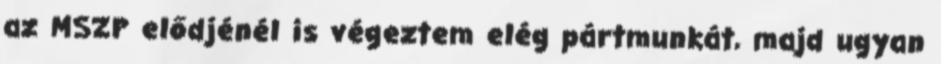
az MSZP elődjénél is végeztem elég pártmunkát, majd ugyan